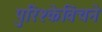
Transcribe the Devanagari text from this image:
पुरिश्केविचने